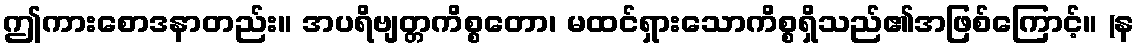
ဤကားစောဒနာတည်း။ အပရိဗျတ္တကိစ္စတော၊ မထင်ရှားသောကိစ္စရှိသည်၏အဖြစ်ကြောင့်။ (န